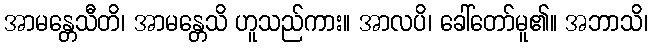
အာမန္တေသီတိ၊ အာမန္တေသိ ဟူသည်ကား။ အာလပိ၊ ခေါ်တော်မူ၏။ အဘာသိ၊